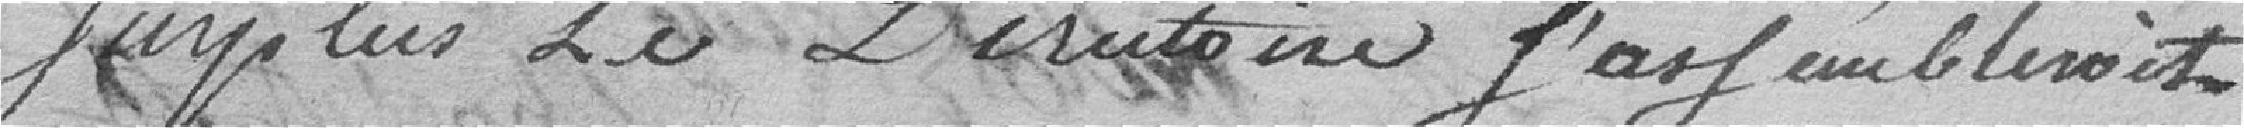
surplus, le Directoire s'assembleroit